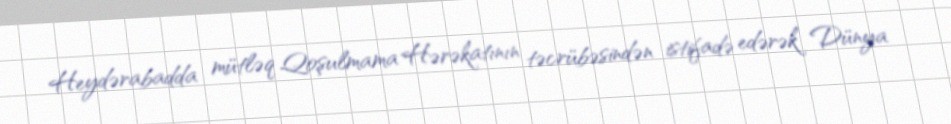
Heydərabadda mütləq Qoşulmama Hərəkatının təcrübəsindən istifadə edərək Dünya